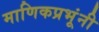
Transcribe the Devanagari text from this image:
माणिकप्रभूंनी